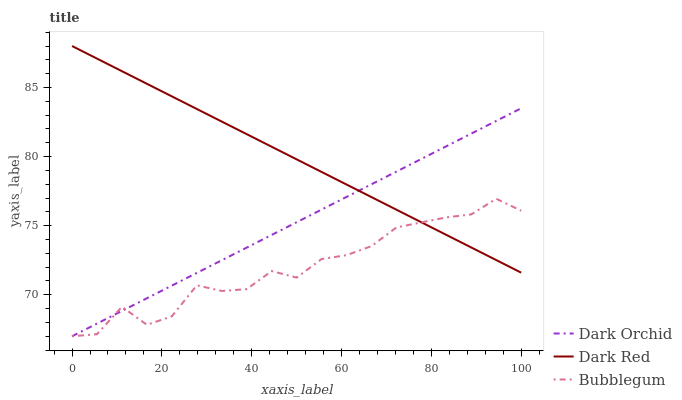
| xaxis_label | Dark Orchid | Dark Red | Bubblegum |
 | --- | --- | --- | --- |
 | 0 | 67 | 88 | 67 |
 | 5.56 | 67.9 | 87.1 | 67.1 |
 | 11.1 | 68.8 | 86.2 | 69.1 |
 | 16.7 | 69.7 | 85.3 | 67.8 |
 | 22.2 | 70.7 | 84.4 | 68.4 |
 | 27.8 | 71.6 | 83.4 | 70.7 |
 | 33.3 | 72.5 | 82.5 | 70.3 |
 | 38.9 | 73.4 | 81.6 | 70.4 |
 | 44.4 | 74.3 | 80.7 | 71.7 |
 | 50 | 75.2 | 79.8 | 71.2 |
 | 55.6 | 76.2 | 78.9 | 72.6 |
 | 61.1 | 77.1 | 78 | 72.9 |
 | 66.7 | 78 | 77.1 | 73.5 |
 | 72.2 | 78.9 | 76.2 | 74.9 |
 | 77.8 | 79.8 | 75.2 | 75.2 |
 | 83.3 | 80.7 | 74.3 | 75.6 |
 | 88.9 | 81.7 | 73.4 | 75.8 |
 | 94.4 | 82.6 | 72.5 | 76.9 |
 | 100 | 83.5 | 71.6 | 76.1 |